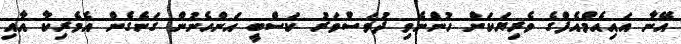
އޭނާ އައިއެމްއެފްގެ ވެރިޔަކަށް ހުންނެވި ދުވަސްވަރު ކަސްބީ އަންހެނުން ގަނެގެން އެމެރިކާ އާއި